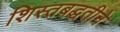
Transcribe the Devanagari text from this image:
शिस्तबद्धतीने